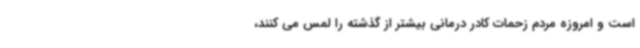
است و امروزه مردم زحمات کادر درمانی بیشتر از گذشته را لمس می کنند،